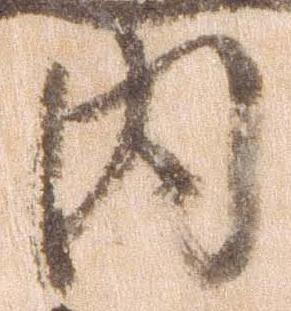
内